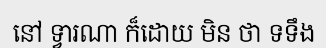
នៅ ទ្វារណា ក៏ដោយ មិន ថា ទទឹង